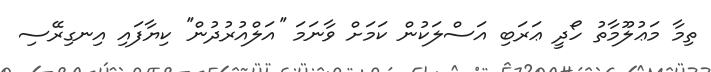
ތިމާ މަޢުލޫމާތު ހޯދީ ޢަރަބި އަސްލަކުން ކަމަށް ވާނަމަ ''އަލްއުރުދުން'' ކިޔާފައި އިނގިރޭސި